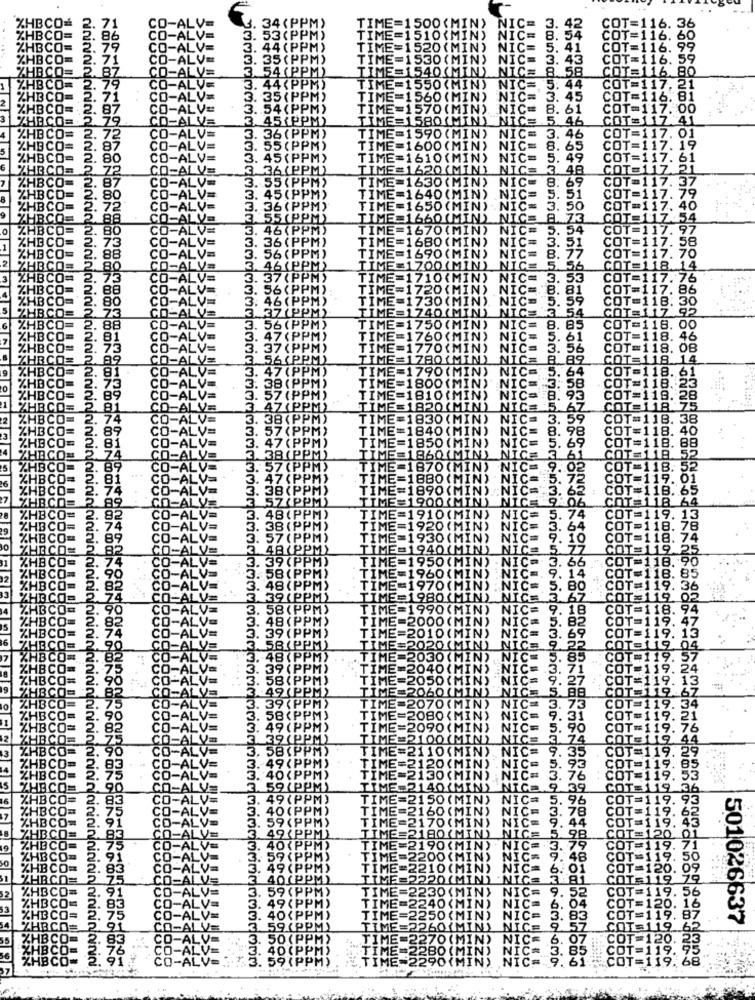
IBCO=
LU
NICE
COT=
TIME=1500(MIN)
16. 36
TIME=1510(MIN) NI
TIME=1520(MIN)
TIME =1530(MIN)
N
TIME=1540(MIN) NIC= 8
(PP
TIME=1550 (MIN)
NIC=
44
:OT
TIME=1560(MIN) NIC= 3.
45
54 (PPM)
TIME=1570(MIN) NIC= 8.
61
45(PPM)
TIME=1580(MIN) NICS.5
ifC
15.46
988899989
36(PPM)
TIME=1590 (MIN)
COT=1
NIC= 3.
.46
5(PPM
TIME=1600(MIN)
NICE
8.
. 65
:OT
15 (PPM)
TIME=1610(MIN)
NIC=
.49
COT=1
36(PPM)
TIME=1620 (MIN) NICE
48
COTE
NIC
8. 69
3. 55 (PPM)
15 (PP)
TIME=1630(MIN)
TIME=1640 (MIN) NIC=
36(PPM)
TIME
TIME=1650 (MIN) .NIC=
55 (PPM)
TIME=1660(MIN) NICE
NICE
46 (PPM)
TIME=1670(MIN)
NICH
36(PPM)
TIME=1680 (MIN) NIC=
NIC=
56(PPM)
TIME=1690(MIN) NIC
NIC= 8.
46 (PPM)
TIME=1700 (MIN) NICE
NICE
TIME=1710(MIN) NIC=
TIN
NIC=
TI
TIME=1720(MIN)
NICE
81
TI
TIME=1730(MIN). NIC=
NIC=
TIME=1740(MIN)
NICE
354
TIME=1750(MIN) NIC=
NIC= 8. 85
TIME=1760(MIN)
NIC=
TIME=1770(MIN)
NICS
OB
TIME=1780(MIN) NICE
TIME=1790(MIN) NIC=
NICE
380
64
=1800(MIN).
NIC=
TIME=1810(MIN)
ICS
TIME=1820(MIN)
NICE
=1830 (MIN)
NIC=
18.
38
ME=1840 (MIN)
C=
:OT
18.
TIM
COT
E=1850(MIN)
18.
=1860(MIN)
ICE
TIM
E=1870 (MIN)
NICE
=1880 (MIN)
TIM
E=1890 (MIN)
18. 65
=1900
TIME=1910(MIN)
IIC=
1E=1
(MIN)
N
130
NIĆ:
94
DIMIN)
50 ( MIN)
NIC-
60 ( MIN)
970 (MIN) :
80 CM
90 (MIN)
20 (
M
(MI
PP
TO(MIN)
91PPM
:216
DIMIN)
rod
MIN)
MIN
9(P
10(MI
NTO
9.
NIC=
NIC=
6.
NIC=
3.83
501026637
NICE
70
TI
BO
COLGO
597PPM
901M